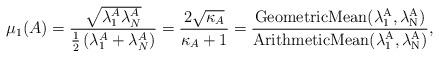
LaTeX: \begin{align*} \mu_1(A) = \frac{\sqrt{\lambda_1^A\lambda_N^A}}{\frac{1}{2}\left(\lambda_1^A+\lambda_N^A\right)} = \frac{2\sqrt{\kappa_A}}{\kappa_A+1} = \frac{\mathrm{GeometricMean(\lambda_1^A,\lambda_N^A)}}{\mathrm{ArithmeticMean(\lambda_1^A,\lambda_N^A)}}, \end{align*}